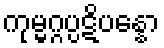
ကုမ္မဂ္ဂပ္ပဋိပန္နော